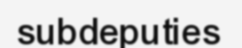
subdeputies